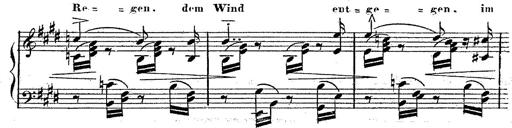
Title: 12 Lieder von Franz Schubert
Composer: Franz Liszt